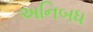
અનિબધ